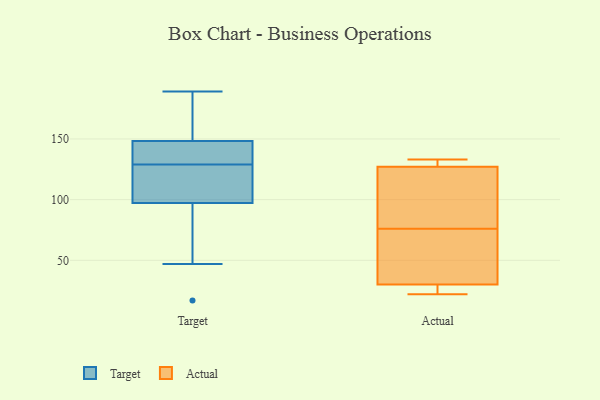
{"axis": {"x": "Humidity (%)", "y": "Value"}, "legend": ["Actual", "Target"], "data": [{"x": "", "y": 129, "type": "Target"}, {"x": "", "y": 101, "type": "Target"}, {"x": "", "y": 189, "type": "Target"}, {"x": "", "y": 17, "type": "Target"}, {"x": "", "y": 153, "type": "Target"}, {"x": "", "y": 177, "type": "Target"}, {"x": "", "y": 47, "type": "Target"}, {"x": "", "y": 105, "type": "Target"}, {"x": "", "y": 134, "type": "Target"}, {"x": "", "y": 96, "type": "Target"}, {"x": "", "y": 130, "type": "Target"}, {"x": "", "y": 30, "type": "Actual"}, {"x": "", "y": 40, "type": "Actual"}, {"x": "", "y": 106, "type": "Actual"}, {"x": "", "y": 115, "type": "Actual"}, {"x": "", "y": 129, "type": "Actual"}, {"x": "", "y": 46, "type": "Actual"}, {"x": "", "y": 127, "type": "Actual"}, {"x": "", "y": 22, "type": "Actual"}, {"x": "", "y": 25, "type": "Actual"}, {"x": "", "y": 133, "type": "Actual"}]}